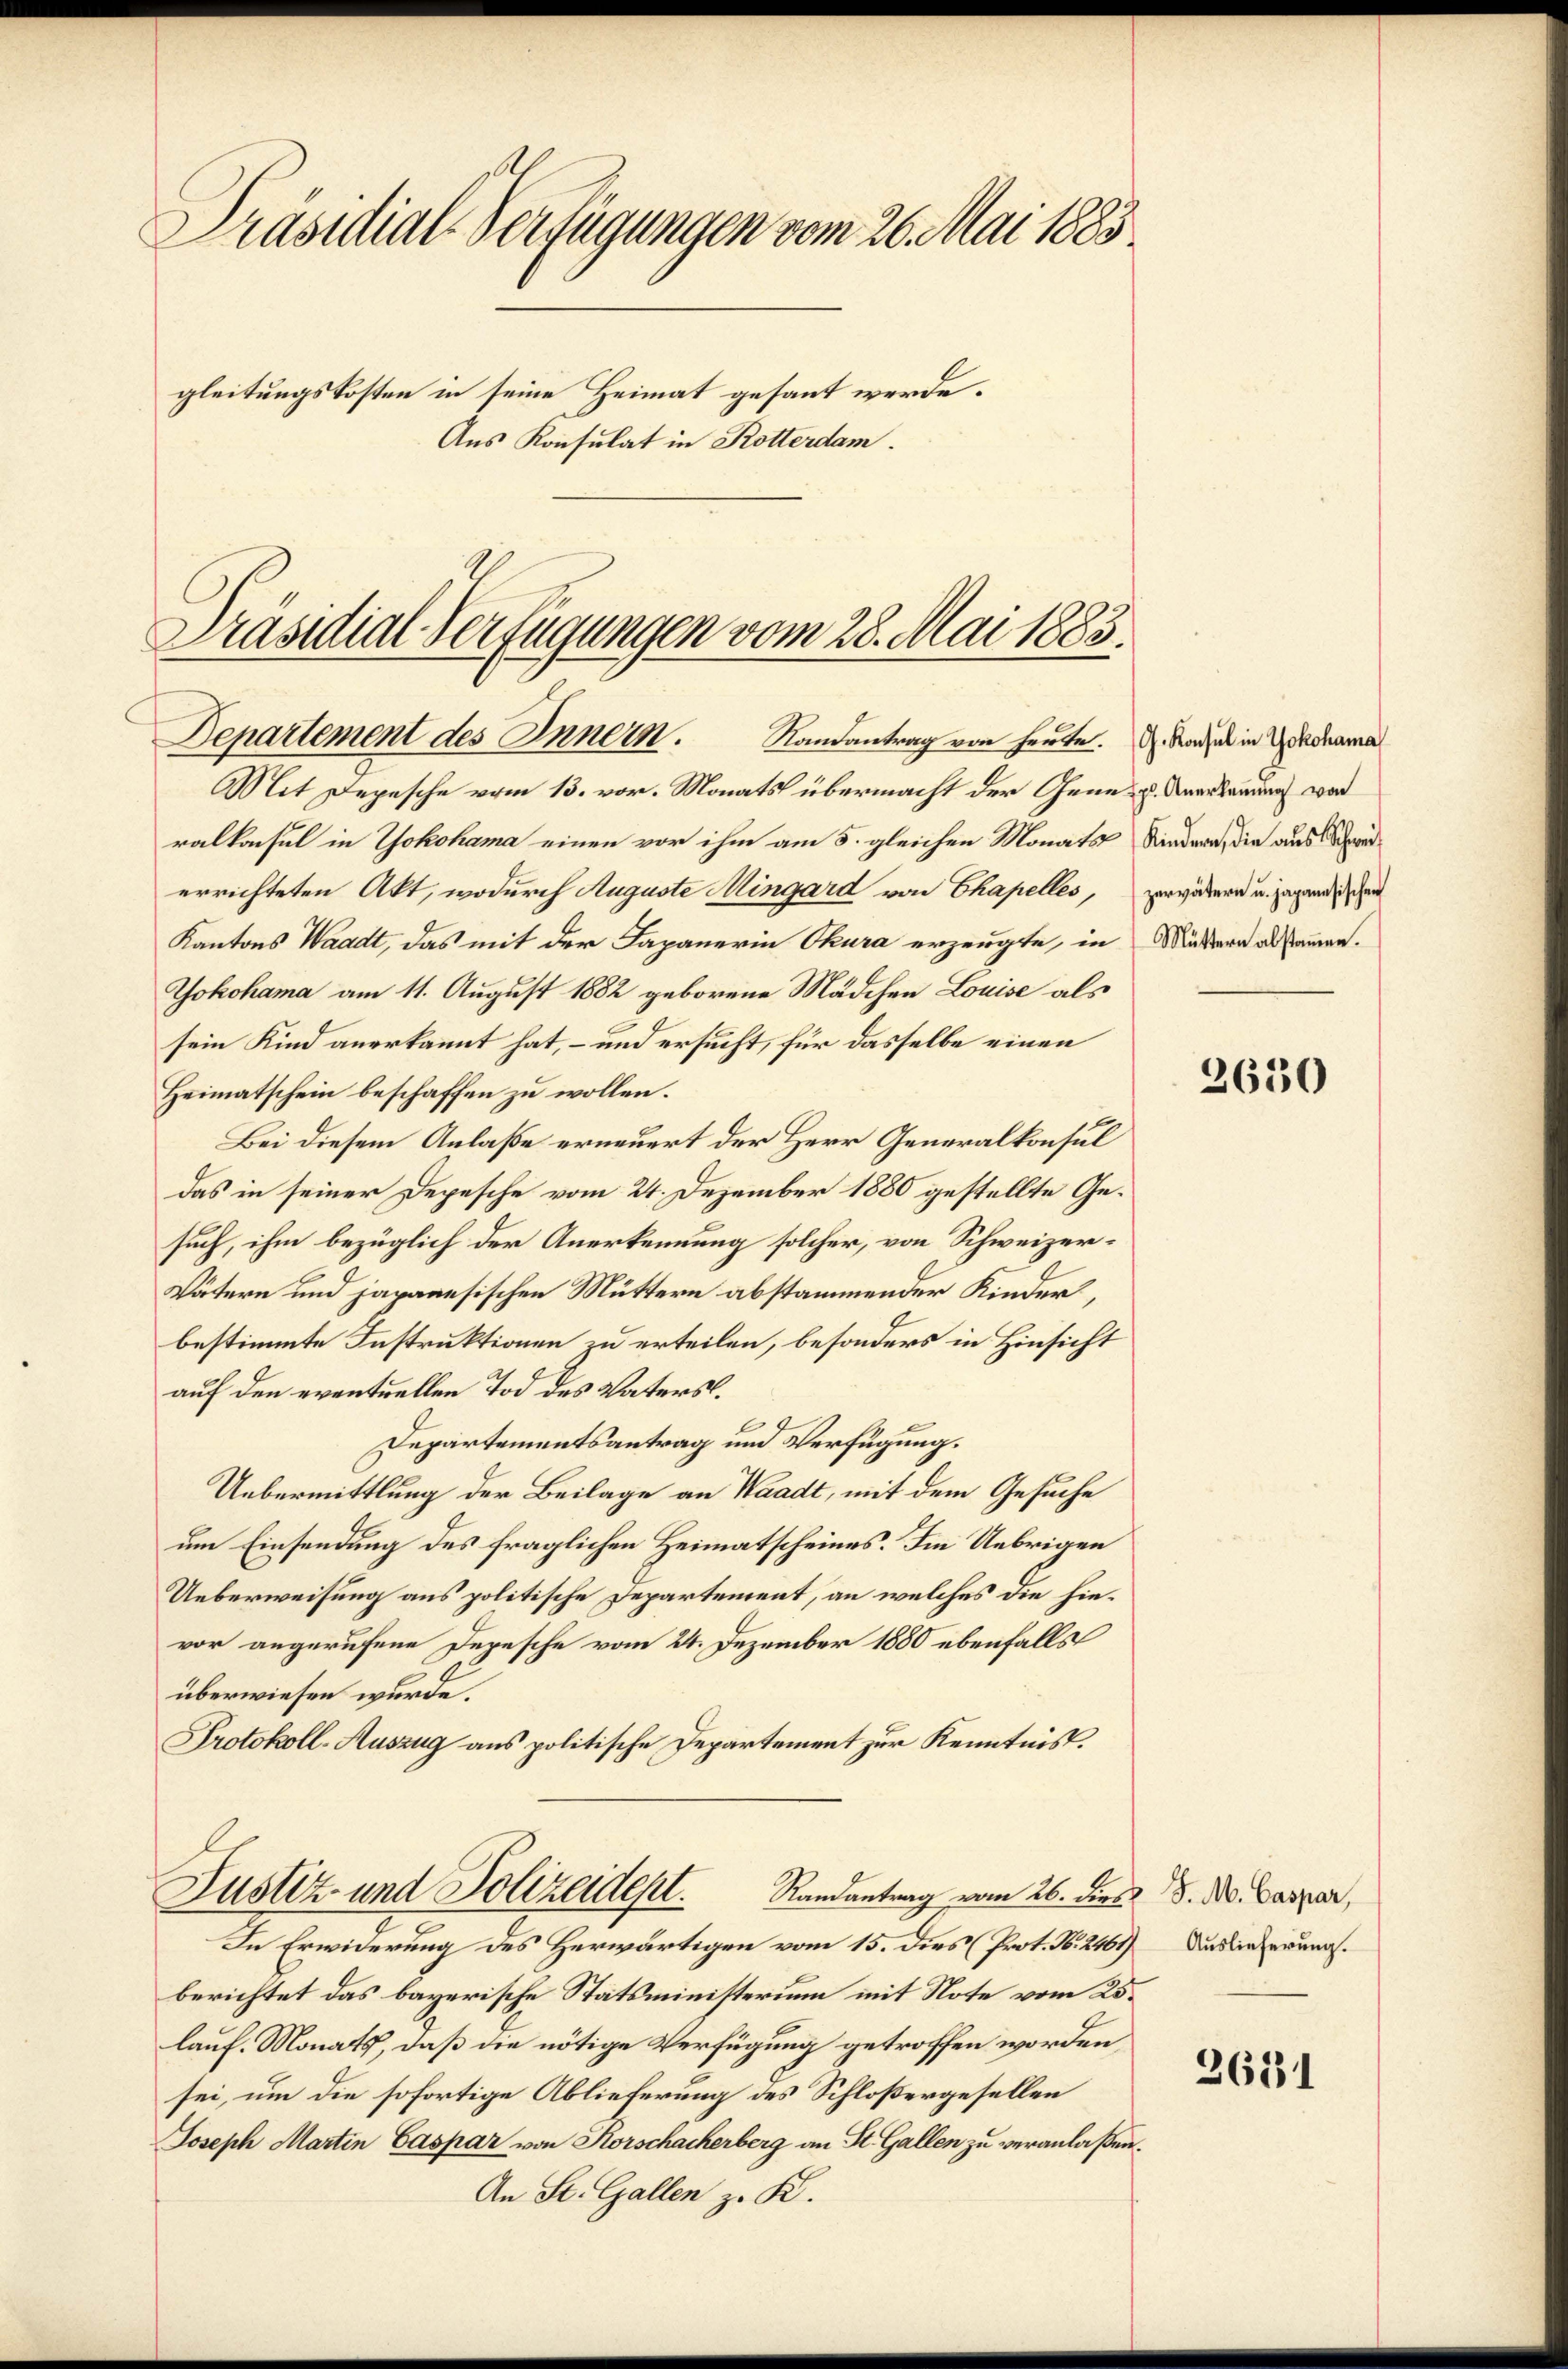
Präsidial-Verfügungen vom 26. Mai 1883.
gleitungskosten in seine Heimat gesant werde.
Aus Konsulat in Rotterdam.

Präsidial-Verfügungen vom 28. Mai 1883.
Departement des Innern. Randantrag von heute. Da der in Zudrama
Mit Depesche vom 13. vor. Monats übermacht der Gene- u. Anerkennung war

ralkonsul in Yokohama einen vor ihm am 5. gleichen Monats Niedern, die aus Schwe
errichteten Akt, wodurch Auguste Mingard von Chapelles,
Kantons Waadt, das mit der Japanerin Thura erzeugte, in Mußern alsammen.
Yokohama am 11. August 1882 geborene Mädchen Louise als
sein Kind anerkannt hat, – und ersucht, für dasselbe einen
Heimatschein beschaffen zu wollen.
Bei diesem Anlaße erneuert der Herr Generalkonsul
das in seiner Depesche vom 24. Dezember 1880 gestellte Gesuch, ihm bezüglich der Anerkennung solcher, von Schweizer¬
Vätern und japanesischen Muttern abstammender Kinder,
bestimmte Instruktionen zu erteilen, besonders in Hinsicht
auf den eventuellen Tod des Vaters.
t
Departementsantrag und Verfügung.
Uebermittlung der Beilage an Waadt, mit dem Gesuche
um Einsendung des fraglichen Heimatscheines. Im Uebrigen
Ueberweisung aus politische Departement, an welches die hievor angerufene Depesche vom 24. Dezember 1880 ebenfalls
überwiesen wurde.
Protokoll-Auszug aus politische Departement zur Kenntnis.

Justiz- und Polizeident.           Randantrag vom 26. dies d. M. Caspar,
In Erwiderung des Herwärtigen vom 15. dies (Prot. N. 2461) Auslieferung.

zervätern u. japanesischen

berichtet das bayerische Statsministerium mit Note vom 25.
lauf. Monats, daß die nötige Verfügung getroffen worden
sei, um die sofortige Ablieferung des Schloßergesellen
Joseph Martin Caspar von Korschacherberg an St. Gallen zu veranlaßen.
An St. Gallen z. K.

2630

2631